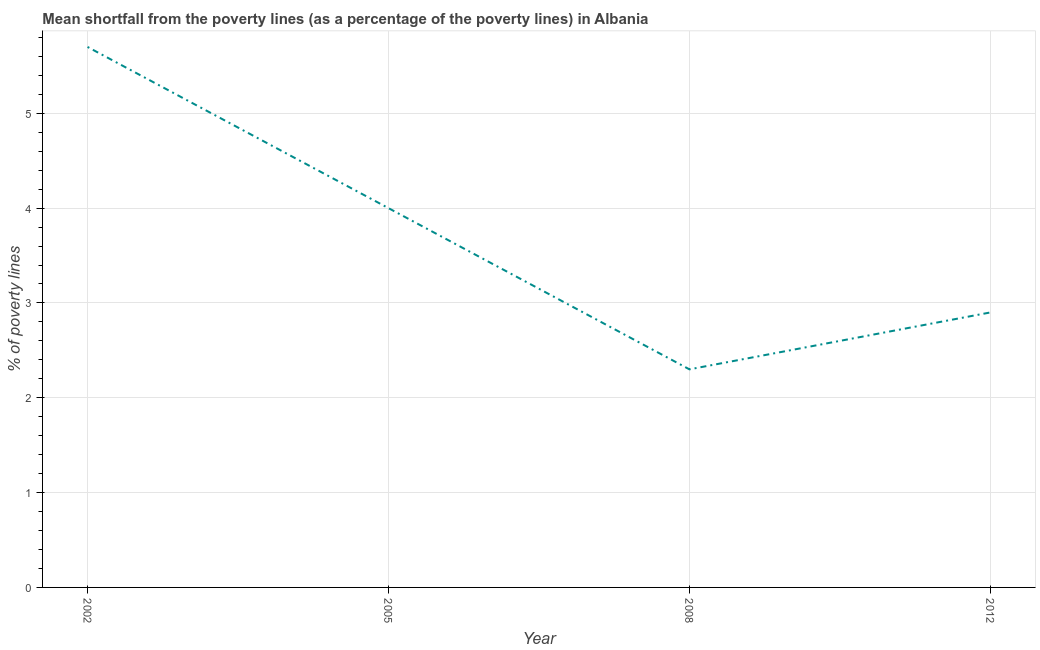
| Year | Poverty gap at national poverty lines |
 | --- | --- |
 | 2002 | 5.7 |
 | 2005 | 4 |
 | 2008 | 2.3 |
 | 2012 | 2.9 |